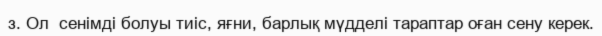
з. Ол  сенімді болуы тиіс, яғни, барлық мүдделі тараптар оған сену керек.